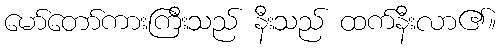
မော်တော်ကားကြီးသည် နီးသည် ထက်နီးလာ၏။